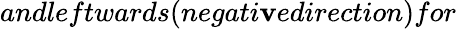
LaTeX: andleftwards(negati\mathbf{v}edirection)for